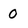
Character: 0